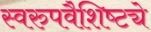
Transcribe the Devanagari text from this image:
स्वरुपवैशिष्ट्ये